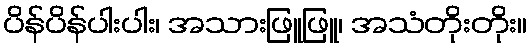
ပိန်ပိန်ပါးပါး၊ အသားဖြူဖြူ၊ အသံတိုးတိုး။